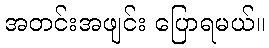
အတင်းအဖျင်း ပြောရမယ်။